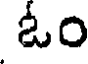
ఓం